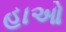
હાઓ